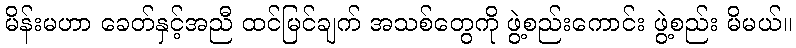
မိန်းမဟာ ခေတ်နှင့်အညီ ထင်မြင်ချက် အသစ်တွေကို ဖွဲ့စည်းကောင်း ဖွဲ့စည်း မိမယ်။